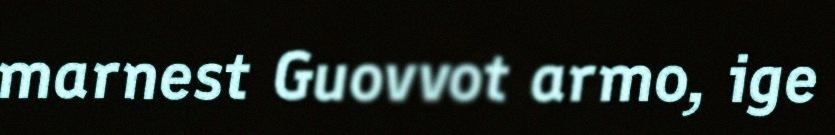
marnest Guovvot armo, ige